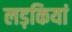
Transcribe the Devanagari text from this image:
लड़कियां